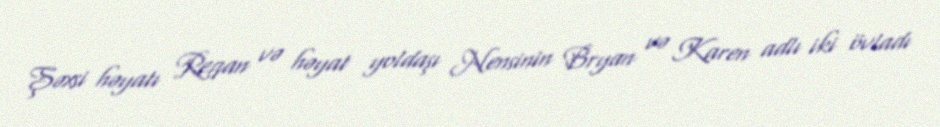
Şəxsi həyatı Reqan və həyat yoldaşı Nensinin Bryan və Karen adlı iki övladı